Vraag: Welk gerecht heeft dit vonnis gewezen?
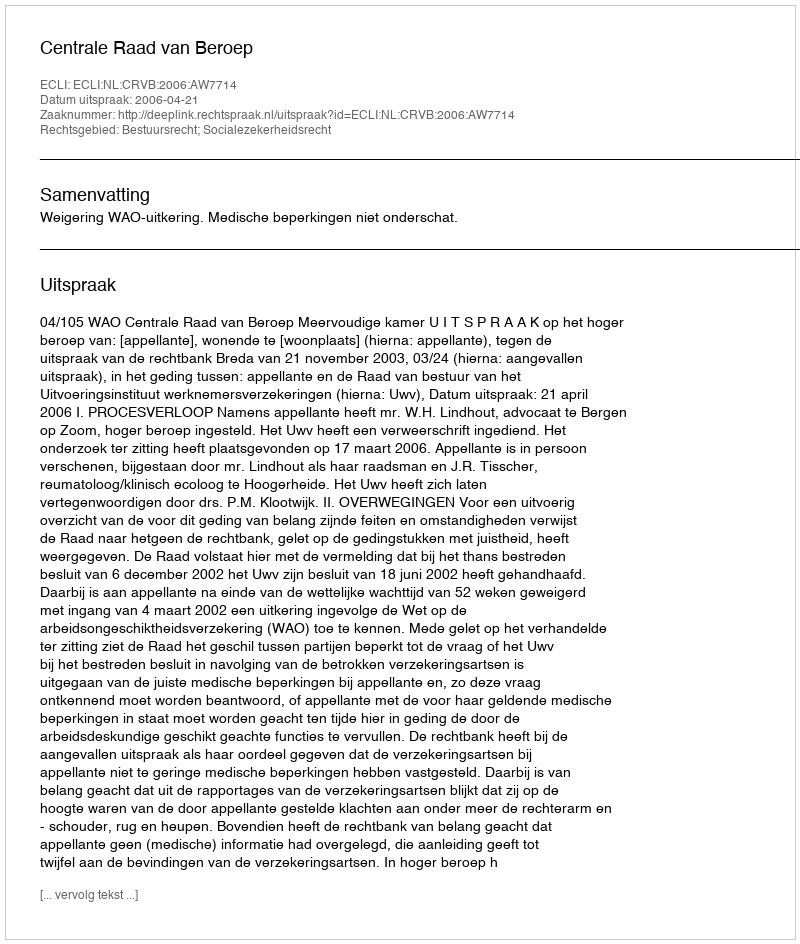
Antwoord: Centrale Raad van Beroep